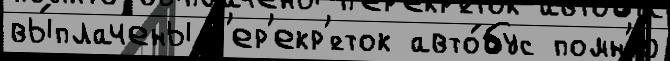
вы́плачены п'ер'екр'́сток авто́бус помн'ю